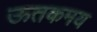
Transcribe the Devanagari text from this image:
ऊतकमय